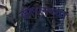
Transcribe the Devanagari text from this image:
कोरलच्या